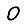
Digit: 0